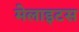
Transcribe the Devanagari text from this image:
मेलाइटस